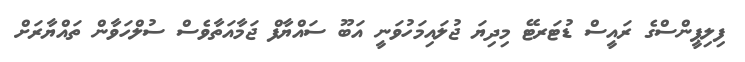
ފިލިޕީންސްގެ ރައީސް ޑުޓަރޓޭ މިދިޔަ ޖުލައިމަހުވަނީ އަބޫ ސައްޔާފް ޖަމާއަތާވެސް ސުލްހަވާން ތައްޔާރަށް